Source: Handwritten
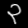
Digit: ၃ (3)